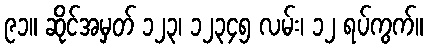
၉၁။ ဆိုင်အမှတ် ၁၂၃၊ ၁၂၃၄၅ လမ်း၊ ၁၂ ရပ်ကွက်။